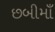
છબીમાઁ